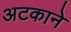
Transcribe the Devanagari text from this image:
अटकाने